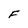
Character: F